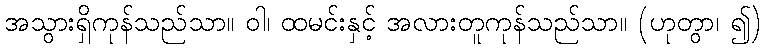
အသွားရှိကုန်သည်သာ။ ဝါ၊ ထမင်းနှင့် အလားတူကုန်သည်သာ။ (ဟုတွာ၊ ၍)